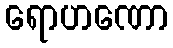
ရောဟဏော